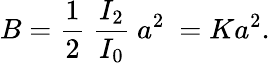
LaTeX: B=\frac{1}{2}~\frac{I_{2}}{I_{0}}~a^{2}~=Ka^{2}.